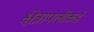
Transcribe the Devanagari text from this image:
क्षेत्रापलीकडे